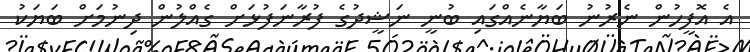
އެ އޮފީހުން ނެރުނު ބަޔާނެއްގައި ބުނީ ނަޝީދުގެ ފުރާނަފުޅަށް ގެއްލުން ދިނުމަށް ބަޔަކު